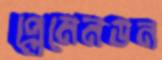
প্লেমেনডন